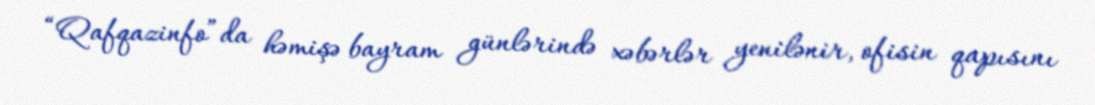
“Qafqazinfo”da həmişə bayram günlərində xəbərlər yenilənir, ofisin qapısını